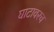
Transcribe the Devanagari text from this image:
घाटावरच